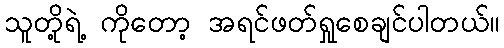
သူတို့ရဲ့ ကိုတော့ အရင်ဖတ်ရှုစေချင်ပါတယ်။